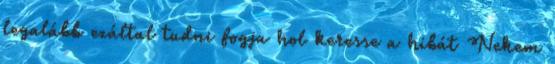
legalább ezáltal tudni fogja hol keresse a hibát Nekem